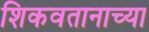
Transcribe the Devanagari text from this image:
शिकवतानाच्या